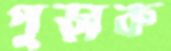
পুড়াক